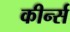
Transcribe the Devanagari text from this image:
कीर्न्स